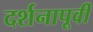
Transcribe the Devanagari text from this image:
दर्शनापूर्वी